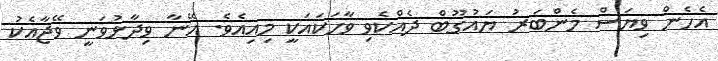
އެހެން ވިޔަސް މެންބަރު ޔައުގޫބް ދެއްކެވި ވާހަަކައަކީ މިއިއެވެ. އޭނާ ވިދާޅުވަނީ ވޭޖާއެކު